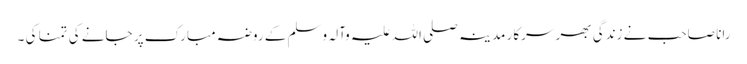
رانا صاحب نے زندگی بھر سرکار مدینہ صلی اللہ علیہ وآلہ وسلم کے روضہ مبارک پر جانے کی تمنا کی ۔